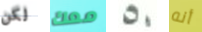
لكن معك 50 أنه